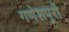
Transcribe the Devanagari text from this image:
गणेशपूरी